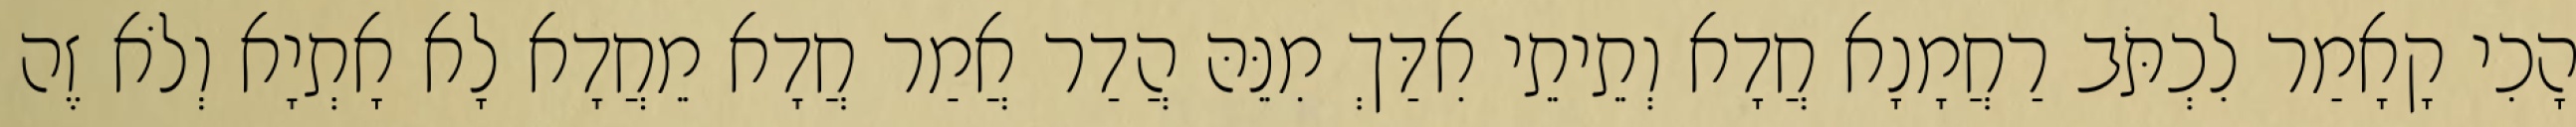
הָכִי קָאָמַר לִכְתֹּב רַחֲמָנָא חֲדָא וְתֵיתֵי אִדַּךְ מִנֵּהּ הֲדַר אֲמַר חֲדָא מֵחֲדָא לָא אָתְיָא וְלֹא זֶה